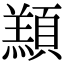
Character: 䫞